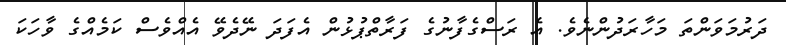
ދަރުމަވަންތަ މަހާރަދުންނެވެ. އެ ރަސްގެފާނުގެ ފަރާތްޕުޅުން އެފަދަ ނޭދެވޭ އެއްވެސް ކަމެއްގެ ވާހަކަ